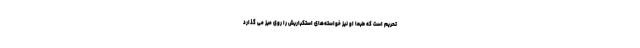
تحریم است که طبعاً او نیز خواسته‌های استکباریش را روی میز می گذارد